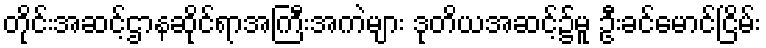
တိုင်းအဆင့်ဌာနဆိုင်ရာအကြီးအကဲများ ဒုတိယအဆင့်၌မူ ဦးခင်မောင်ငြိမ်း